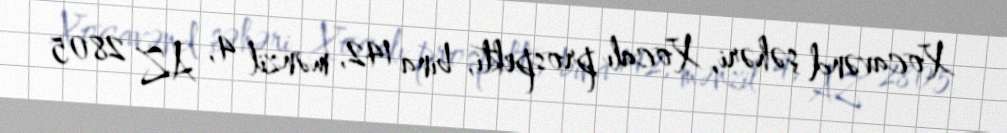
Xocavənd şəhəri, Xocalı prospekti, bina 142, mənzil 4, AZ 2805